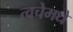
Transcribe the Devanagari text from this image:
त्वचेमधे